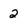
Character: 2